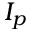
I _ { p }